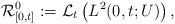
LaTeX: \begin{align*}{\cal R}_{[0,t]}^0:= {\cal L}_{t}\left(L^2(0,t;U)\right),\end{align*}